Lunatic asylums in Bengal annual reports 1888-1898 - 1888-1898
Year: 1888
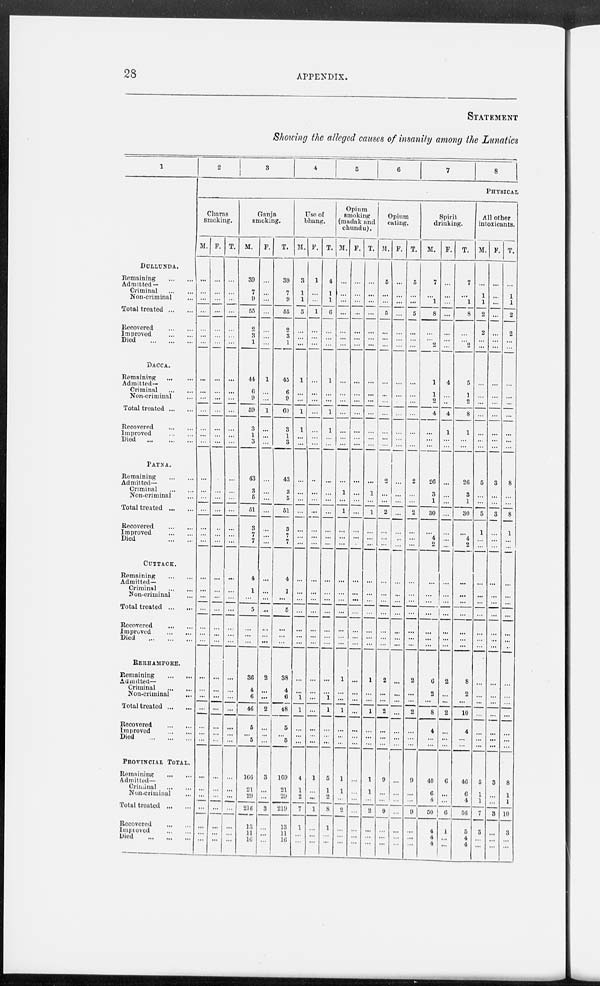
28
APPENDIX.
STATEMENT
Showing the alleged causes of insanity among the Lunatics
1
DULLUNDA.
Remaining
...
...
Admitted—
Criminal
...
...
Non-criminal ...
Total treated ... ...
Recovered
...
...
Improved
...
...
Died
...
...
...
DACCA.
Remaining
...
...
Admitted—
Criminal
...
...
Non-criminal ...
Total treated ... ...
Recovered
... ...
Improved
...
...
Died
...
...
...
PATNA.
Remaining
...
...
Admitted—
Criminal
...
...
Non-criminal ...
Total treated ... ...
Recovered
...
...
Improved
...
...
Died
...
...
CUTTACK.
Remaining
...
...
Admitted—
Criminal
...
...
Non-criminal ...
Total treated ... ...
Recovered
...
...
Improved
...
...
Died
...
...
...
BERHAMPORE.
Remaining
...
...
Admitted—
Criminal
...
...
Non-criminal ...
Total treated ... ...
Recovered
...
...
Improved
...
...
Died
...
...
...
PROVINCIAL TOTAL.
Remaining
... ...
Admitted—
Criminal
...
...
Non-criminal ...
Total treated ... ...
Recovered
...
...
Improved
...
...
Died
...
...
...
2
3
4
5
6
7
8
PHYSICAL
Charas
smoking.
M.
...
...
...
...
...
...
...
...
...
...
...
...
...
...
...
...
...
...
...
...
...
...
...
...
...
...
...
...
...
...
...
...
...
...
...
...
...
...
...
...
...
...
F.
...
...
...
...
...
...
...
...
...
...
...
...
...
...
...
...
...
...
...
...
...
...
...
...
...
...
...
...
...
...
...
...
...
...
...
...
...
...
...
...
...
...
T.
...
...
...
...
...
...
...
...
...
...
...
...
...
...
...
...
...
...
...
...
...
...
...
...
...
...
...
...
...
...
...
...
...
...
...
...
...
...
...
...
...
...
Ganja
smoking.
M.
39
7
9
55
2
3
1
44
6
9
59
3
1
3
43
3
5
51
3
7
7
4
1
...
5
...
...
...
36
4
6
46
5
...
5
166
21
29
216
13
11
16
F.
...
...
...
...
...
...
...
1
...
...
1
...
...
...
...
...
...
...
...
...
...
...
...
...
...
...
...
...
2
...
...
2
...
...
...
3
...
...
3
...
...
...
T.
39
7
9
55
2
3
1
45
6
9
60
3
1
3
43
3
5
51
3
7
7
4
1
...
5
...
...
...
38
4
6
48
5
...
5
169
21
29
219
13
11
16
Use of
bhang.
M.
3
1
1
5
...
...
...
1
...
...
1
1
...
...
...
...
...
...
...
...
...
...
...
...
...
...
...
...
...
...
1
1
...
...
...
4
1
2
7
1
...
...
F.
1
...
...
1
...
...
...
...
...
...
...
...
...
...
...
...
...
...
...
...
...
...
...
...
...
...
...
...
...
...
...
...
...
...
...
1
...
...
1
...
...
...
T.
4
1
1
6
...
...
...
1
...
...
1
1
...
...
...
...
...
...
...
...
...
...
...
...
...
...
...
...
...
...
1
1
...
...
...
5
1
2
8
1
...
...
Opium
smoking
(madak and
chundu).
M.
...
...
...
...
...
...
...
...
...
...
...
...
...
...
...
1
...
1
...
...
...
...
...
...
...
...
...
...
1
...
...
1
...
...
...
1
1
...
2
...
...
...
F.
...
...
...
...
...
...
...
...
...
...
...
...
...
...
...
...
...
...
...
...
...
...
...
...
...
...
...
...
...
...
...
...
...
...
...
...
...
...
...
...
...
...
T.
...
...
...
...
...
...
...
...
...
...
...
...
...
...
...
1
...
1
...
...
...
...
...
...
...
...
...
...
1
...
...
1
...
...
...
1
1
...
2
...
...
...
Opium
eating.
M.
5
...
...
5
...
...
...
...
...
...
...
...
...
...
2
...
...
2
...
...
...
...
...
...
...
...
...
...
2
...
...
2
...
...
...
9
...
...
9
...
...
...
F.
...
...
...
...
...
...
...
...
...
...
...
...
...
...
...
...
...
...
...
...
...
...
...
...
...
...
...
...
...
...
...
...
...
...
...
...
...
...
...
...
...
...
T.
5
...
...
5
...
...
...
...
...
...
...
...
...
...
2
...
...
2
...
...
...
...
...
...
...
...
...
...
2
...
...
2
...
...
...
9
...
...
9
...
...
...
Spirit
drinking.
M.
7
...
1
8
...
...
2
1
1
2
4
...
...
...
26
3
1
30
...
4
2
...
...
...
...
...
...
...
6
2
...
8
4
...
...
40
6
4
50
4
4
4
F.
...
...
...
...
...
...
...
4
...
...
4
1
...
...
...
...
...
...
...
...
...
...
...
...
...
...
...
...
2
...
...
2
...
...
...
6
...
...
6
1
...
...
T.
7
...
1
8
...
...
2
5
1
2
8
1
...
...
26
3
1
30
...
4
2
...
...
...
...
...
...
...
8
2
...
10
4
...
...
46
6
4
56
5
4
4
All other
intoxicants.
M.
...
1
1
2
2
...
...
...
...
...
...
...
...
...
5
...
...
5
1
...
...
...
...
...
...
...
...
...
...
...
...
...
...
...
...
5
1
1
7
3
...
...
F.
...
...
...
...
...
...
...
...
...
...
...
...
...
...
3
...
...
3
...
...
...
...
...
...
...
...
...
...
...
...
...
...
...
...
...
3
...
...
3
...
...
...
T.
...
1
1
2
2
...
...
...
...
...
...
...
...
...
8
...
...
8
1
...
...
...
...
...
...
...
...
...
...
...
...
...
...
...
...
8
1
1
10
3
...
...